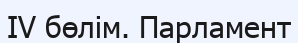
IV бөлім. Парламент